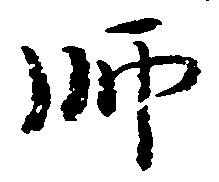
師